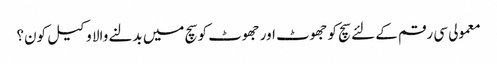
معمولی سی رقم کے لئے سچ کو جھوٹ اور جھوٹ کو سچ میں بدلنے والا وکیل کون؟